Indian journal of veterinary science and animal husbandry - Volume 4,
Year: 1934
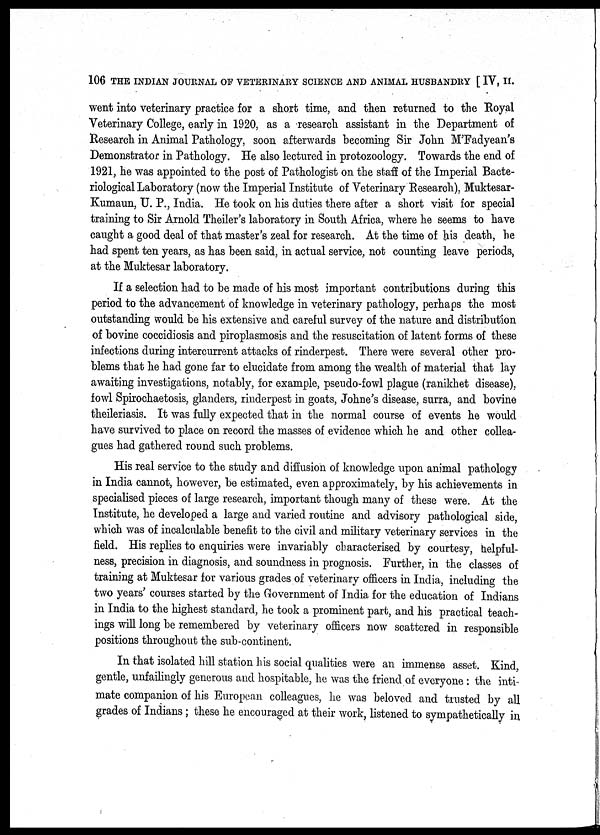
106 THE INDIAN JOURNAL OF VETERINARY SCIENCE AND ANIMAL HUSBANDRY [ IV, II.
went into veterinary practice for a short time, and then returned to the Royal
Veterinary College, early in 1920, as a research assistant in the Department of
Research in Animal Pathology, soon afterwards becoming Sir John M'Fadyean's
Demonstrator in Pathology. He also lectured in protozoology. Towards the end of
1921, he was appointed to the post of Pathologist on the staff of the Imperial Bacte-
riological Laboratory (now the Imperial Institute of Veterinary Research), Muktesar-
Kumaun, U. P., India. He took on his duties there after a short visit for special
training to Sir Arnold Theiler's laboratory in South Africa, where he seems to have
caught a good deal of that master's zeal for research. At the time of his death, he
had spent ten years, as has been said, in actual service, not counting leave periods,
at the Muktesar laboratory.
If a selection had to be made of his most important contributions during this
period to the advancement of knowledge in veterinary pathology, perhaps the most
outstanding would be his extensive and careful survey of the nature and distribution
of bovine coccidiosis and piroplasmosis and the resuscitation of latent forms of these
infections during intercurrent attacks of rinderpest. There were several other pro-
blems that he had gone far to elucidate from among the wealth of material that lay
awaiting investigations, notably, for example, pseudo-fowl plague (ranikhet disease),
fowl Spirochaetosis, glanders, rinderpest in goats, Johne's disease, surra, and bovine
theileriasis. It was fully expected that in the normal course of events he would
have survived to place on record the masses of evidence which he and other collea-
gues had gathered round such problems.
His real service to the study and diffusion of knowledge upon animal pathology
in India cannot, however, be estimated, even approximately, by his achievements in
specialised pieces of large research, important though many of these were. At the
Institute, he developed a large and varied routine and advisory pathological side,
which was of incalculable benefit to the civil and military veterinary services in the
field. His replies to enquiries were invariably characterised by courtesy, helpful-
ness, precision in diagnosis, and soundness in prognosis. Further, in the classes of
training at Muktesar for various grades of veterinary officers in India, including the
two years' courses started by the Government of India for the education of Indians
in India to the highest standard, he took a prominent part, and his practical teach-
ings will long be remembered by veterinary officers now scattered in responsible
positions throughout the sub-continent.
In that isolated hill station his social qualities were an immense asset. Kind,
gentle, unfailingly generous and hospitable, he was the friend of everyone : the inti-
mate companion of his European colleagues, he was beloved and trusted by all
grades of Indians; these he encouraged at their work, listened to sympathetically in